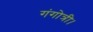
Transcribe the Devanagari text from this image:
गंगोत्री।